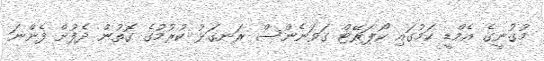
މުގުނީގެ އެމްޑީ ކަމުގައި ކޯޕަރޭޓް ގަވަނެންސް ރަނގަޅު ކުރުމުގެ ގޮތުން ދެފުށް ފެންނަ